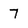
Character: 7